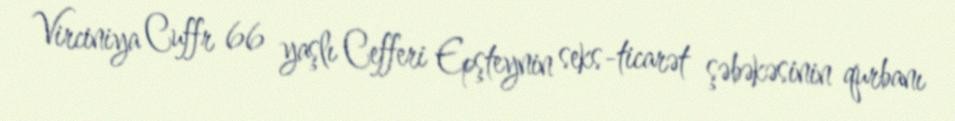
Virciniya Cuffr 66 yaşlı Cefferi Epşteynin seks-ticarət şəbəkəsinin qurbanı